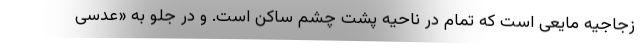
زُجاجیه مایعی است که تمام در ناحیه پشت چشم ساکن است. و در جلو به «عدسی